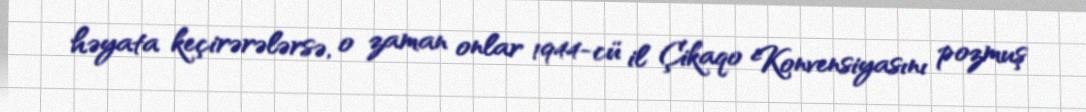
həyata keçirərələrsə, o zaman onlar 1944-cü il Çikaqo Konvensiyasını pozmuş